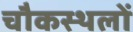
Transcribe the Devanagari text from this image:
चौकस्थलों